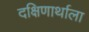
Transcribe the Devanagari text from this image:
दक्षिणार्थाला